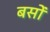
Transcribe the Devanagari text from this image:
बसोँ